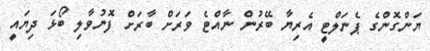
ޔަންގޮންގެ ޕެނަލްޓީ އެރިޔާ ބޭރުން ނާއްޓެ ވަރަށް ބާރަށް ފޮނުވާލި ބޯޅަ ދިޔައީ